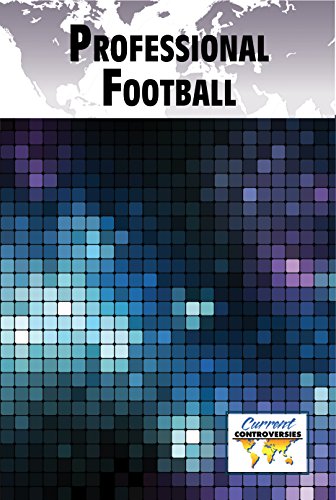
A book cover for Professional Football (Current Controversies); Greenhaven Press; Teen & Young Adult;